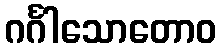
ဂင်္ဂါသောတောဝ